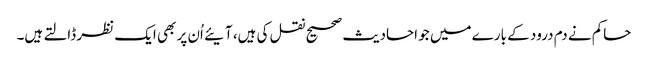
حاکم نے دم درود کے بارے میں جو احادیث صحیح نقل کی ہیں، آیئے اُن پر بھی ایک نظر ڈالتے ہیں۔